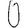
Digit: 0